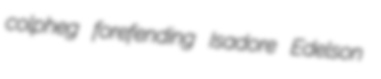
colpheg forefending Isadore Edelson